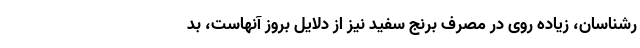
رشناسان، زیاده روی در مصرف برنج سفید نیز از دلایل بروز آنهاست، بد